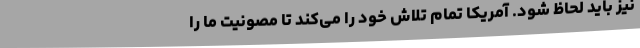
نیز باید لحاظ شود. آمریکا تمام تلاش خود را می‌کند تا مصونیت ما را